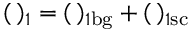
( \, ) _ { 1 } = ( \, ) _ { 1 \mathrm { b g } } + ( \, ) _ { 1 \mathrm { s c } }